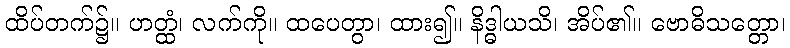
ထိပ်တက်၌။ ဟတ္ထံ၊ လက်ကို။ ထပေတွာ၊ ထား၍။ နိဒ္ဓါယသိ၊ အိပ်၏။ ဗောဓိသတ္တော၊